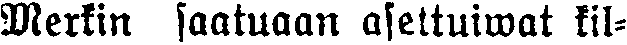
Merkin saatuaan asettuiwat kil-